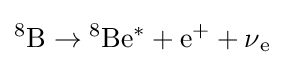
{^{8}}{\text{B}}\to {^{8}}{\text{Be}}{^{*}}+{\text{e}}^{+}+\operatorname {\nu } _{\text{e}}